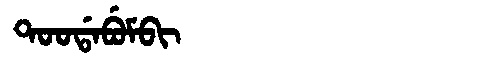
Manchu: ᡨᠣᠣᡩᠠᠪᡠᠮᠪᡳ
Romanization: TOODABUMBI